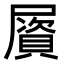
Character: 𡳠